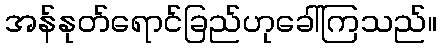
အန်နုတ်ရောင်ခြည်ဟုခေါ်ကြသည်။